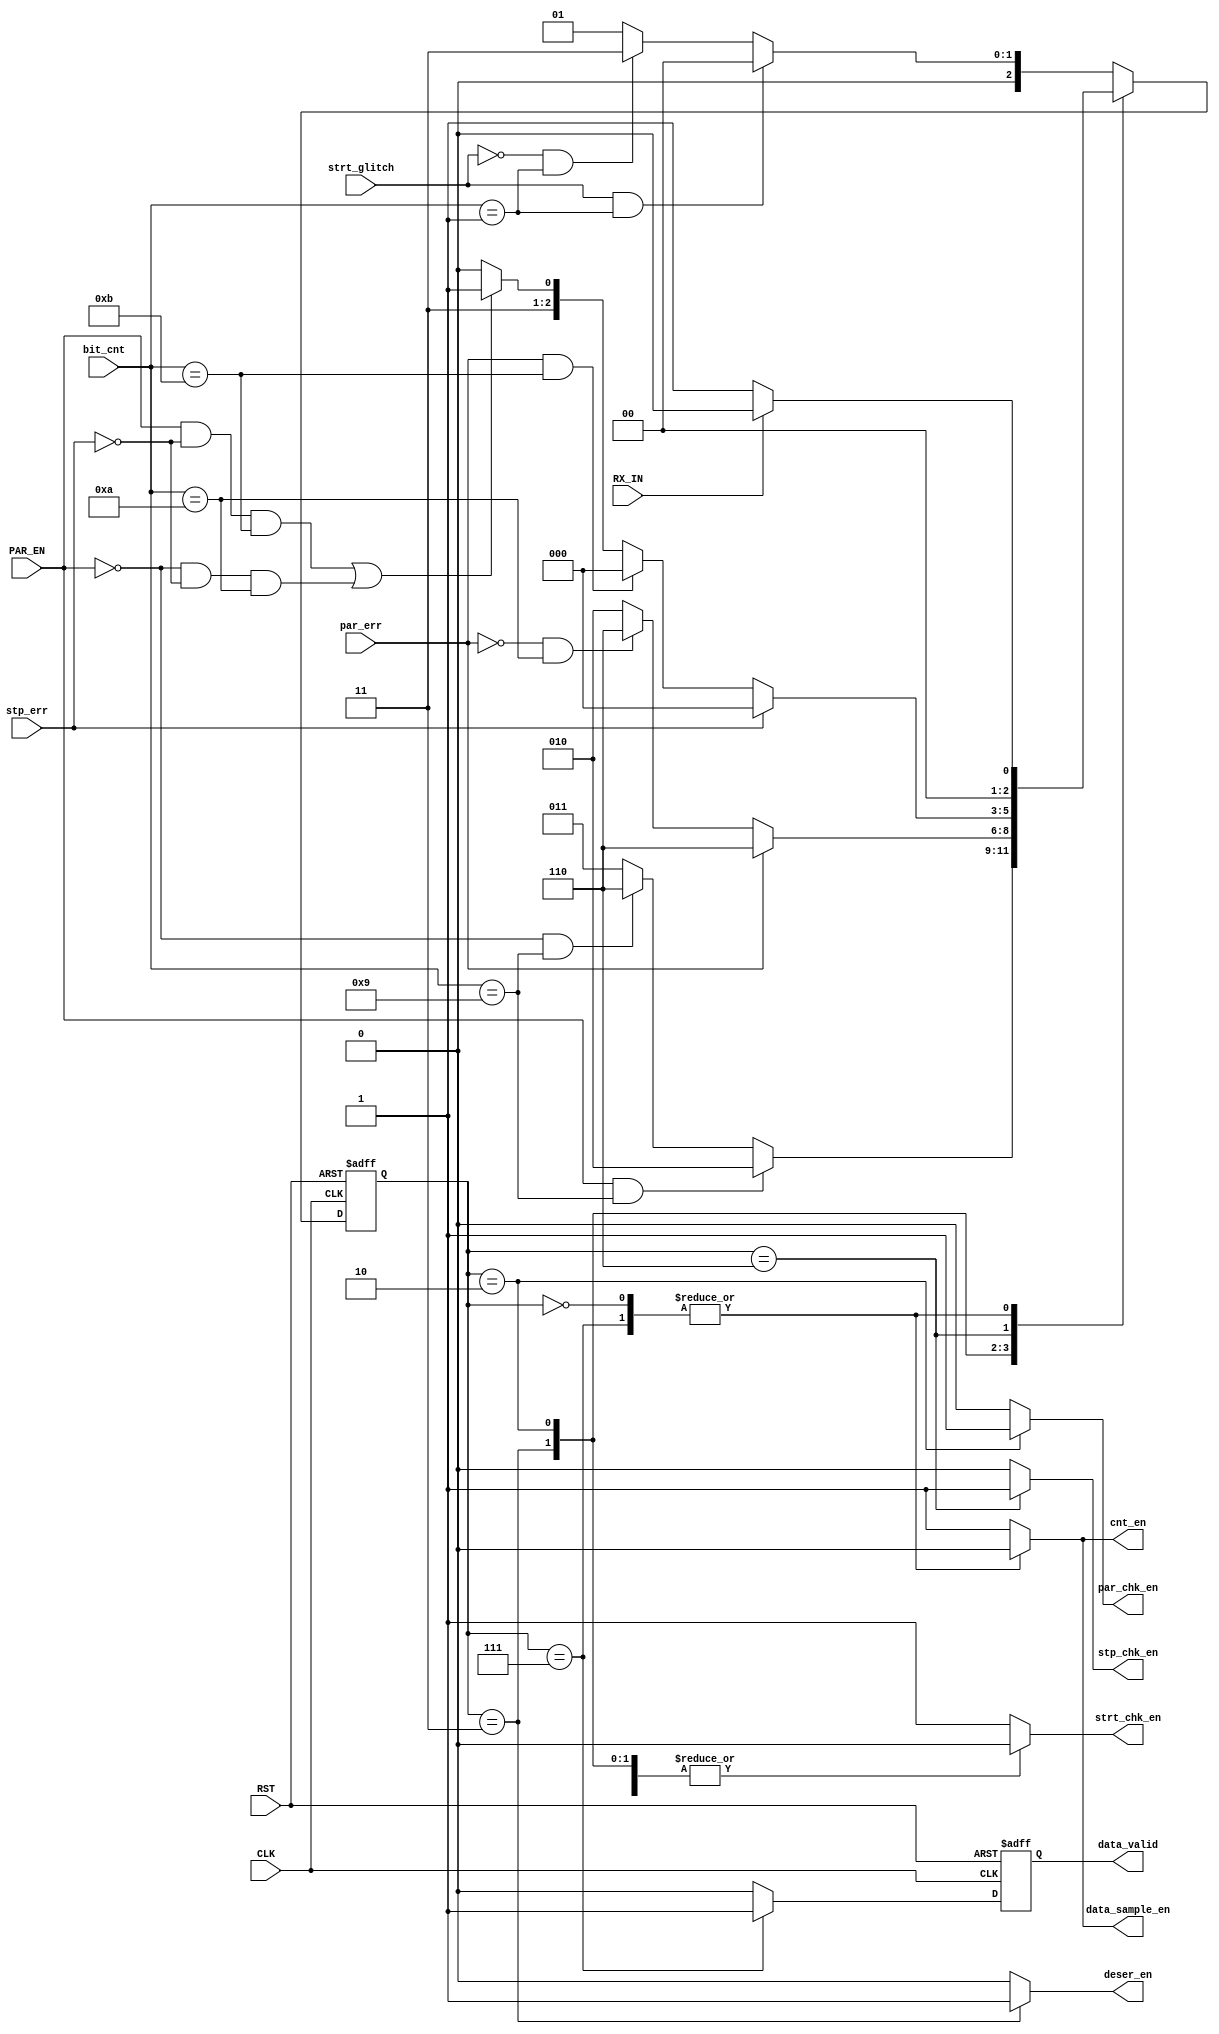
module FSM_RX (
    input wire CLK, RST, RX_IN, PAR_EN, par_err, strt_glitch, stp_err,
    input wire [3:0] bit_cnt,
    output reg par_chk_en, strt_chk_en, stp_chk_en, data_valid, deser_en, cnt_en, data_sample_en
);

//-------------gray coding for the state machine--------------//    
    localparam  IDLE = 3'b000,
                START = 3'b001,
                SAMPLE = 3'b011,
                PARITY = 3'b010,
                STOP = 3'b110,
                DATA_VALID = 3'b111;

reg [2:0] Curr_state, Next_state;
reg data_valid_c;

always @(posedge CLK or negedge RST) 
begin
    if(!RST)
    begin
        Curr_state <= 3'b000;
    end    
    else
    begin
        Curr_state <= Next_state;
    end
end


always @(*) 
begin
    par_chk_en = 1'b0;
    strt_chk_en = 1'b0; 
    stp_chk_en = 1'b0;
    data_valid_c = 1'b0;
    deser_en = 1'b0;
    cnt_en = 1'b0;
    data_sample_en = 1'b0;
    case (Curr_state)
        IDLE:
            begin
                if(RX_IN == 1)
                begin
                    Next_state = IDLE;
                end
                else
                begin
                    Next_state = START;
                end
            end
        START:
            begin
                strt_chk_en = 1'b1;
                cnt_en = 1'b1;
                data_sample_en = 1'b1;
                if (strt_glitch && bit_cnt == 4'b0001) 
                begin
                    Next_state = IDLE;
                end
                else if (!strt_glitch && bit_cnt == 4'b0001) 
                begin
                    Next_state = SAMPLE;
                end
                else
                begin
                    Next_state = START;
                end
            end 
        SAMPLE:
            begin
                deser_en = 1'b1;
                cnt_en = 1'b1;
                data_sample_en = 1'b1;
                if (PAR_EN && bit_cnt == 4'b1001) 
                begin
                    Next_state = PARITY;
                end
                else if (!PAR_EN && bit_cnt == 4'b1001) 
                begin
                    Next_state = STOP;
                end
                else
                begin
                    Next_state = SAMPLE;
                end
            end
        PARITY:
            begin
                par_chk_en = 1'b1;
                cnt_en = 1'b1;
                data_sample_en = 1'b1;
                if (par_err) //&& bit_cnt == 4'b1010) 
                begin
                    Next_state = STOP;
                end
                else if (!par_err && bit_cnt == 4'b1010) 
                begin
                    Next_state = STOP;
                end
                else
                begin
                    Next_state = PARITY;
                end
            end
        STOP:
            begin
                stp_chk_en = 1'b1;
                cnt_en = 1'b1;
                data_sample_en = 1'b1;
                //if((PAR_EN && stp_err && bit_cnt == 4'b1011) || (!PAR_EN && stp_err && bit_cnt == 4'b1010))
                if(stp_err)
                begin
                    Next_state = IDLE;
                end
                else if(par_err && bit_cnt == 4'b1011)
                begin
                    Next_state = IDLE;
                end
                else if((PAR_EN && !stp_err && bit_cnt == 4'b1011) || (!PAR_EN && !stp_err && bit_cnt == 4'b1010))
                begin
                    Next_state = DATA_VALID;
                end
                else
                begin
                    Next_state = STOP;
                end
            end
        DATA_VALID:
            begin
                data_valid_c = 1'b1;
                if(RX_IN)
                begin
                    Next_state = IDLE;
                end
                else
                begin
                    Next_state = START;
                end
            end
        default: begin
                strt_chk_en = 1'b1;
                cnt_en = 1'b1;
                data_sample_en = 1'b1;
                if (strt_glitch && bit_cnt == 4'b0001) 
                begin
                    Next_state = IDLE;
                end
                else if (!strt_glitch && bit_cnt == 4'b0001) 
                begin
                    Next_state = SAMPLE;
                end
                else
                begin
                    Next_state = START;
                end
            end
    endcase
end


always @(posedge CLK or negedge RST) 
begin
    if(!RST)
    begin
        data_valid <= 1'b0;
    end
    else
    begin
        data_valid <= data_valid_c;
    end
end


endmodule